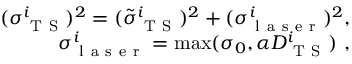
\begin{array} { r } { ( \sigma _ { \mathrm { ~ T ~ S ~ } } ^ { i } ) ^ { 2 } = ( \tilde { \sigma } _ { \mathrm { ~ T ~ S ~ } } ^ { i } ) ^ { 2 } + ( \sigma _ { \mathrm { ~ l ~ a ~ s ~ e ~ r ~ } } ^ { i } ) ^ { 2 } , } \\ { \sigma _ { \mathrm { ~ l ~ a ~ s ~ e ~ r ~ } } ^ { i } = \operatorname* { m a x } ( \sigma _ { 0 } , \alpha D _ { \mathrm { ~ T ~ S ~ } } ^ { i } ) \ , } \end{array}